Lunatic asylums Madras 1877-1891 - 1877-1891
Year: 1877
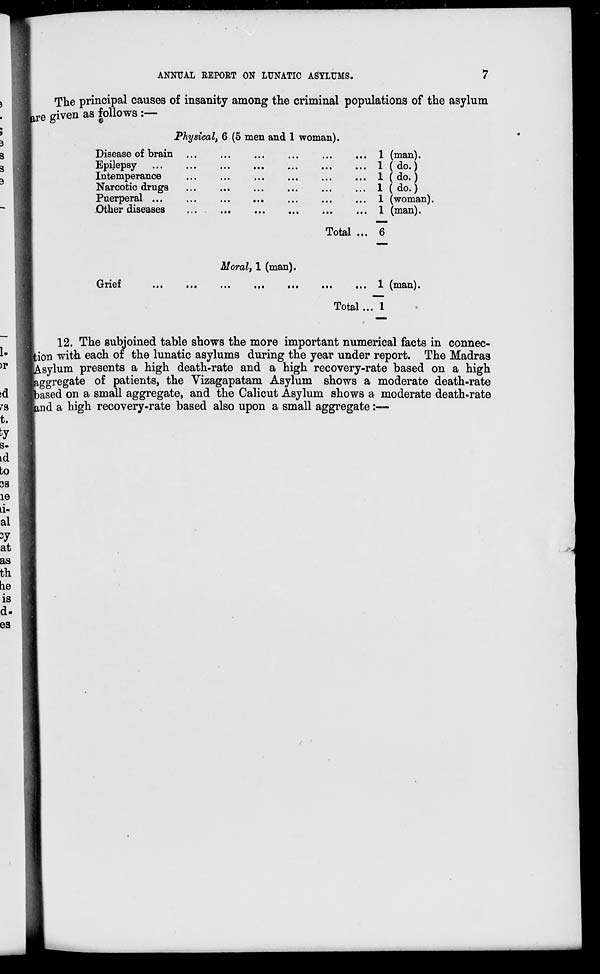
ANNUAL REPORT ON LUNATIC ASYLUMS.
7
The principal causes of insanity among the criminal populations of the asylum
are given as follows :—
Physical, 6 (5 men and 1 woman).
Disease of brain
...
...
...
...
...
...
Epilepsy
...
...
...
...
...
...
...
Intemperance
...
...
...
...
...
...
Narcotic drugs
...
...
...
...
...
...
Puerperal
...
...
...
...
...
...
...
Other diseases
...
...
...
...
...
...
Total ...
1 (man).
1 (do.)
1 ( do.)
1 ( do.)
1 (woman).
1 (man).
6
Moral, 1 (man).
Grief ... ... ... ... ... ... ...
Total ...
1 (man).
1
12. The subjoined table shows the more important numerical facts in connec-
tion with each of the lunatic asylums during the year under report. The Madras
Asylum presents a high death-rate and a high recovery-rate based on a high
aggregate of patients, the Vizagapatam Asylum shows a moderate death-rate
based on a small aggregate, and the Calicut Asylum shows a moderate death-rate
and a high recovery-rate based also upon a small aggregate:—